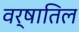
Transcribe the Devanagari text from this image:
वर्षातिल